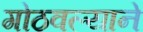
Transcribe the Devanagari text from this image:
गोठवल्याने